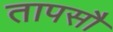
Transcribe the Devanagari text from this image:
तापसौ